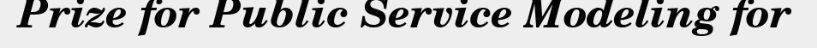
Prize for Public Service Modeling for